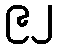
၉၂